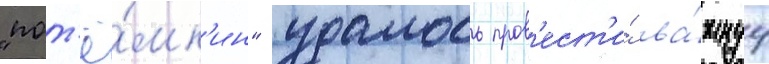
"пот'ё́мк'ин" удалось пров'ест'и́ ва́жнуу